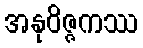
အနုဝိဇ္ဇကဿ